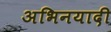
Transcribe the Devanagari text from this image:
अभिनयादी